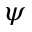
\psi